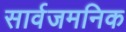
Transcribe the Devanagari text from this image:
सार्वजमनिक